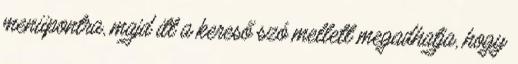
menüpontra, majd itt a kereső szó mellett megadhatja, hogy